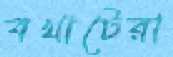
বখাটেরা